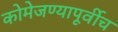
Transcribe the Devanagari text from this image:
कोमेजण्यापूर्वीच